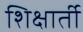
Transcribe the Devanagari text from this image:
शिक्षार्ती